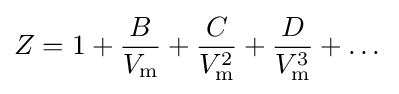
Z=1+{\frac {B}{V_{\mathrm {m} }}}+{\frac {C}{V_{\mathrm {m} }^{2}}}+{\frac {D}{V_{\mathrm {m} }^{3}}}+\dots